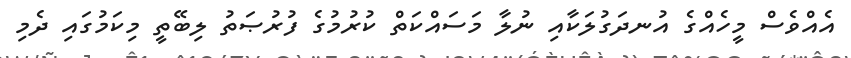
އެއްވެސް މީހެއްގެ އުނދަގުލަކާއި ނުލާ މަސައްކަތް ކުރުމުގެ ފުރުޞަތު ލިބޭތީ މިކަމުގައި ދެމި